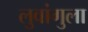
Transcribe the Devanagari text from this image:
लुवांगुला